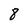
Character: 8